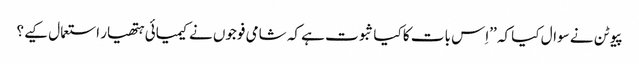
پیوٹن نے سوال کیا کہ ’’اِس بات کا کیا ثبوت ہے کہ شامی فوجوں نے کیمیائی ہتھیار استعمال کیے؟